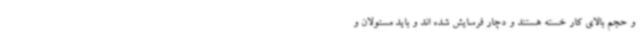
و حجم بالای کار خسته هستند و دچار فرسایش شده اند و باید مسئولان و